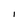
Character: i